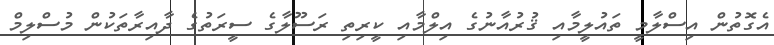
އެގޮތުން އިސްލާމީ ތައުލީމާއި ޤުރުއާނުގެ އިލްމާއި ކީރިތި ރަސޫލާގެ ސީރަތުގެ ދާއިރާތަކުން މުސްލިމް